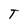
Character: T